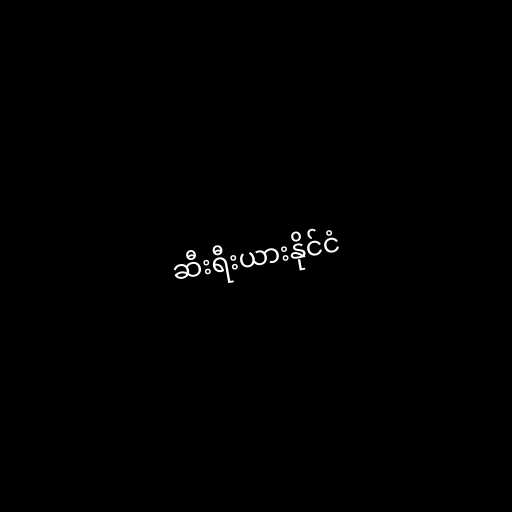
ဆီးရီးယားနိုင်ငံ